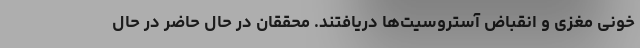
خونی مغزی و انقباض آستروسیت‌ها دریافتند. محققان در حال حاضر در حال